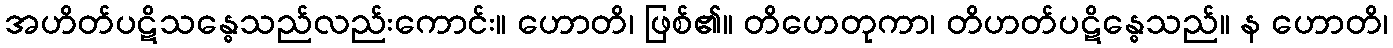
အဟိတ်ပဋိသန္ဓေသည်လည်းကောင်း။ ဟောတိ၊ ဖြစ်၏။ တိဟေတုကာ၊ တိဟတ်ပဋိန္ဓေသည်။ န ဟောတိ၊